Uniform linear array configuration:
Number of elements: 48
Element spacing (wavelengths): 1
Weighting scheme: exponential
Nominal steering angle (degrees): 15
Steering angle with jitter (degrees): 14.802
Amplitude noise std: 0.05
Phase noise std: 0.05

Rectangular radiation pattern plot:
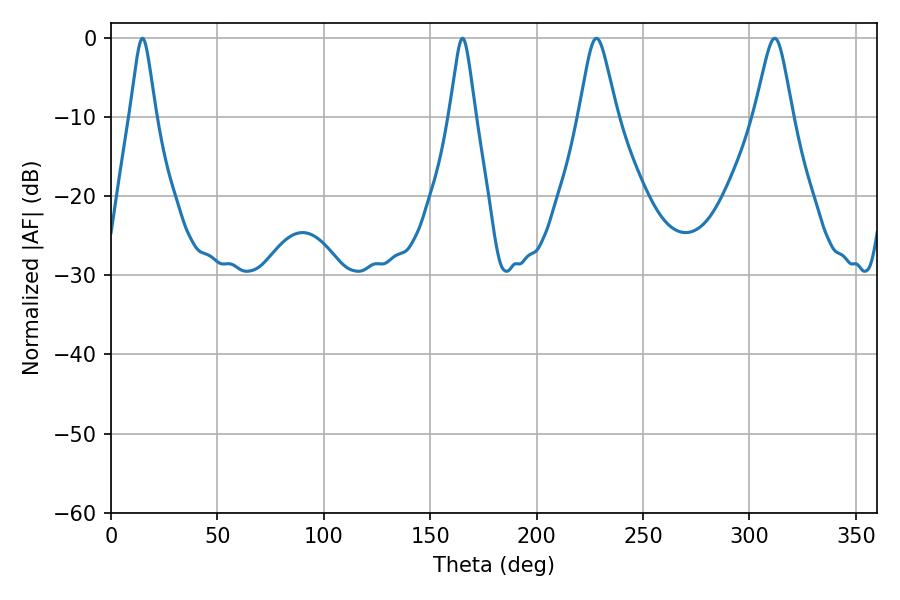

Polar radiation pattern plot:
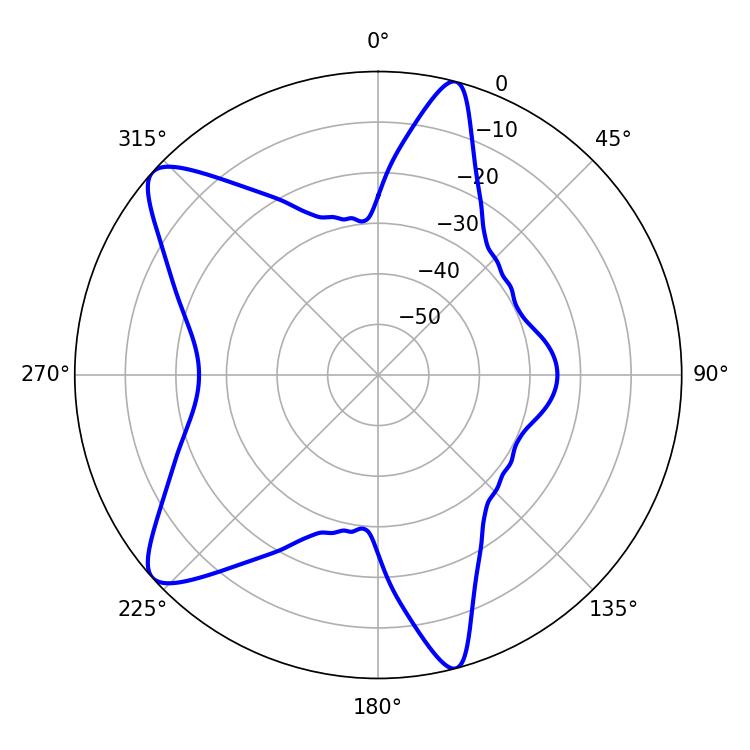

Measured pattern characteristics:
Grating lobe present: TRUE
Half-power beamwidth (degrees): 8.46
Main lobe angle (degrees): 228.06